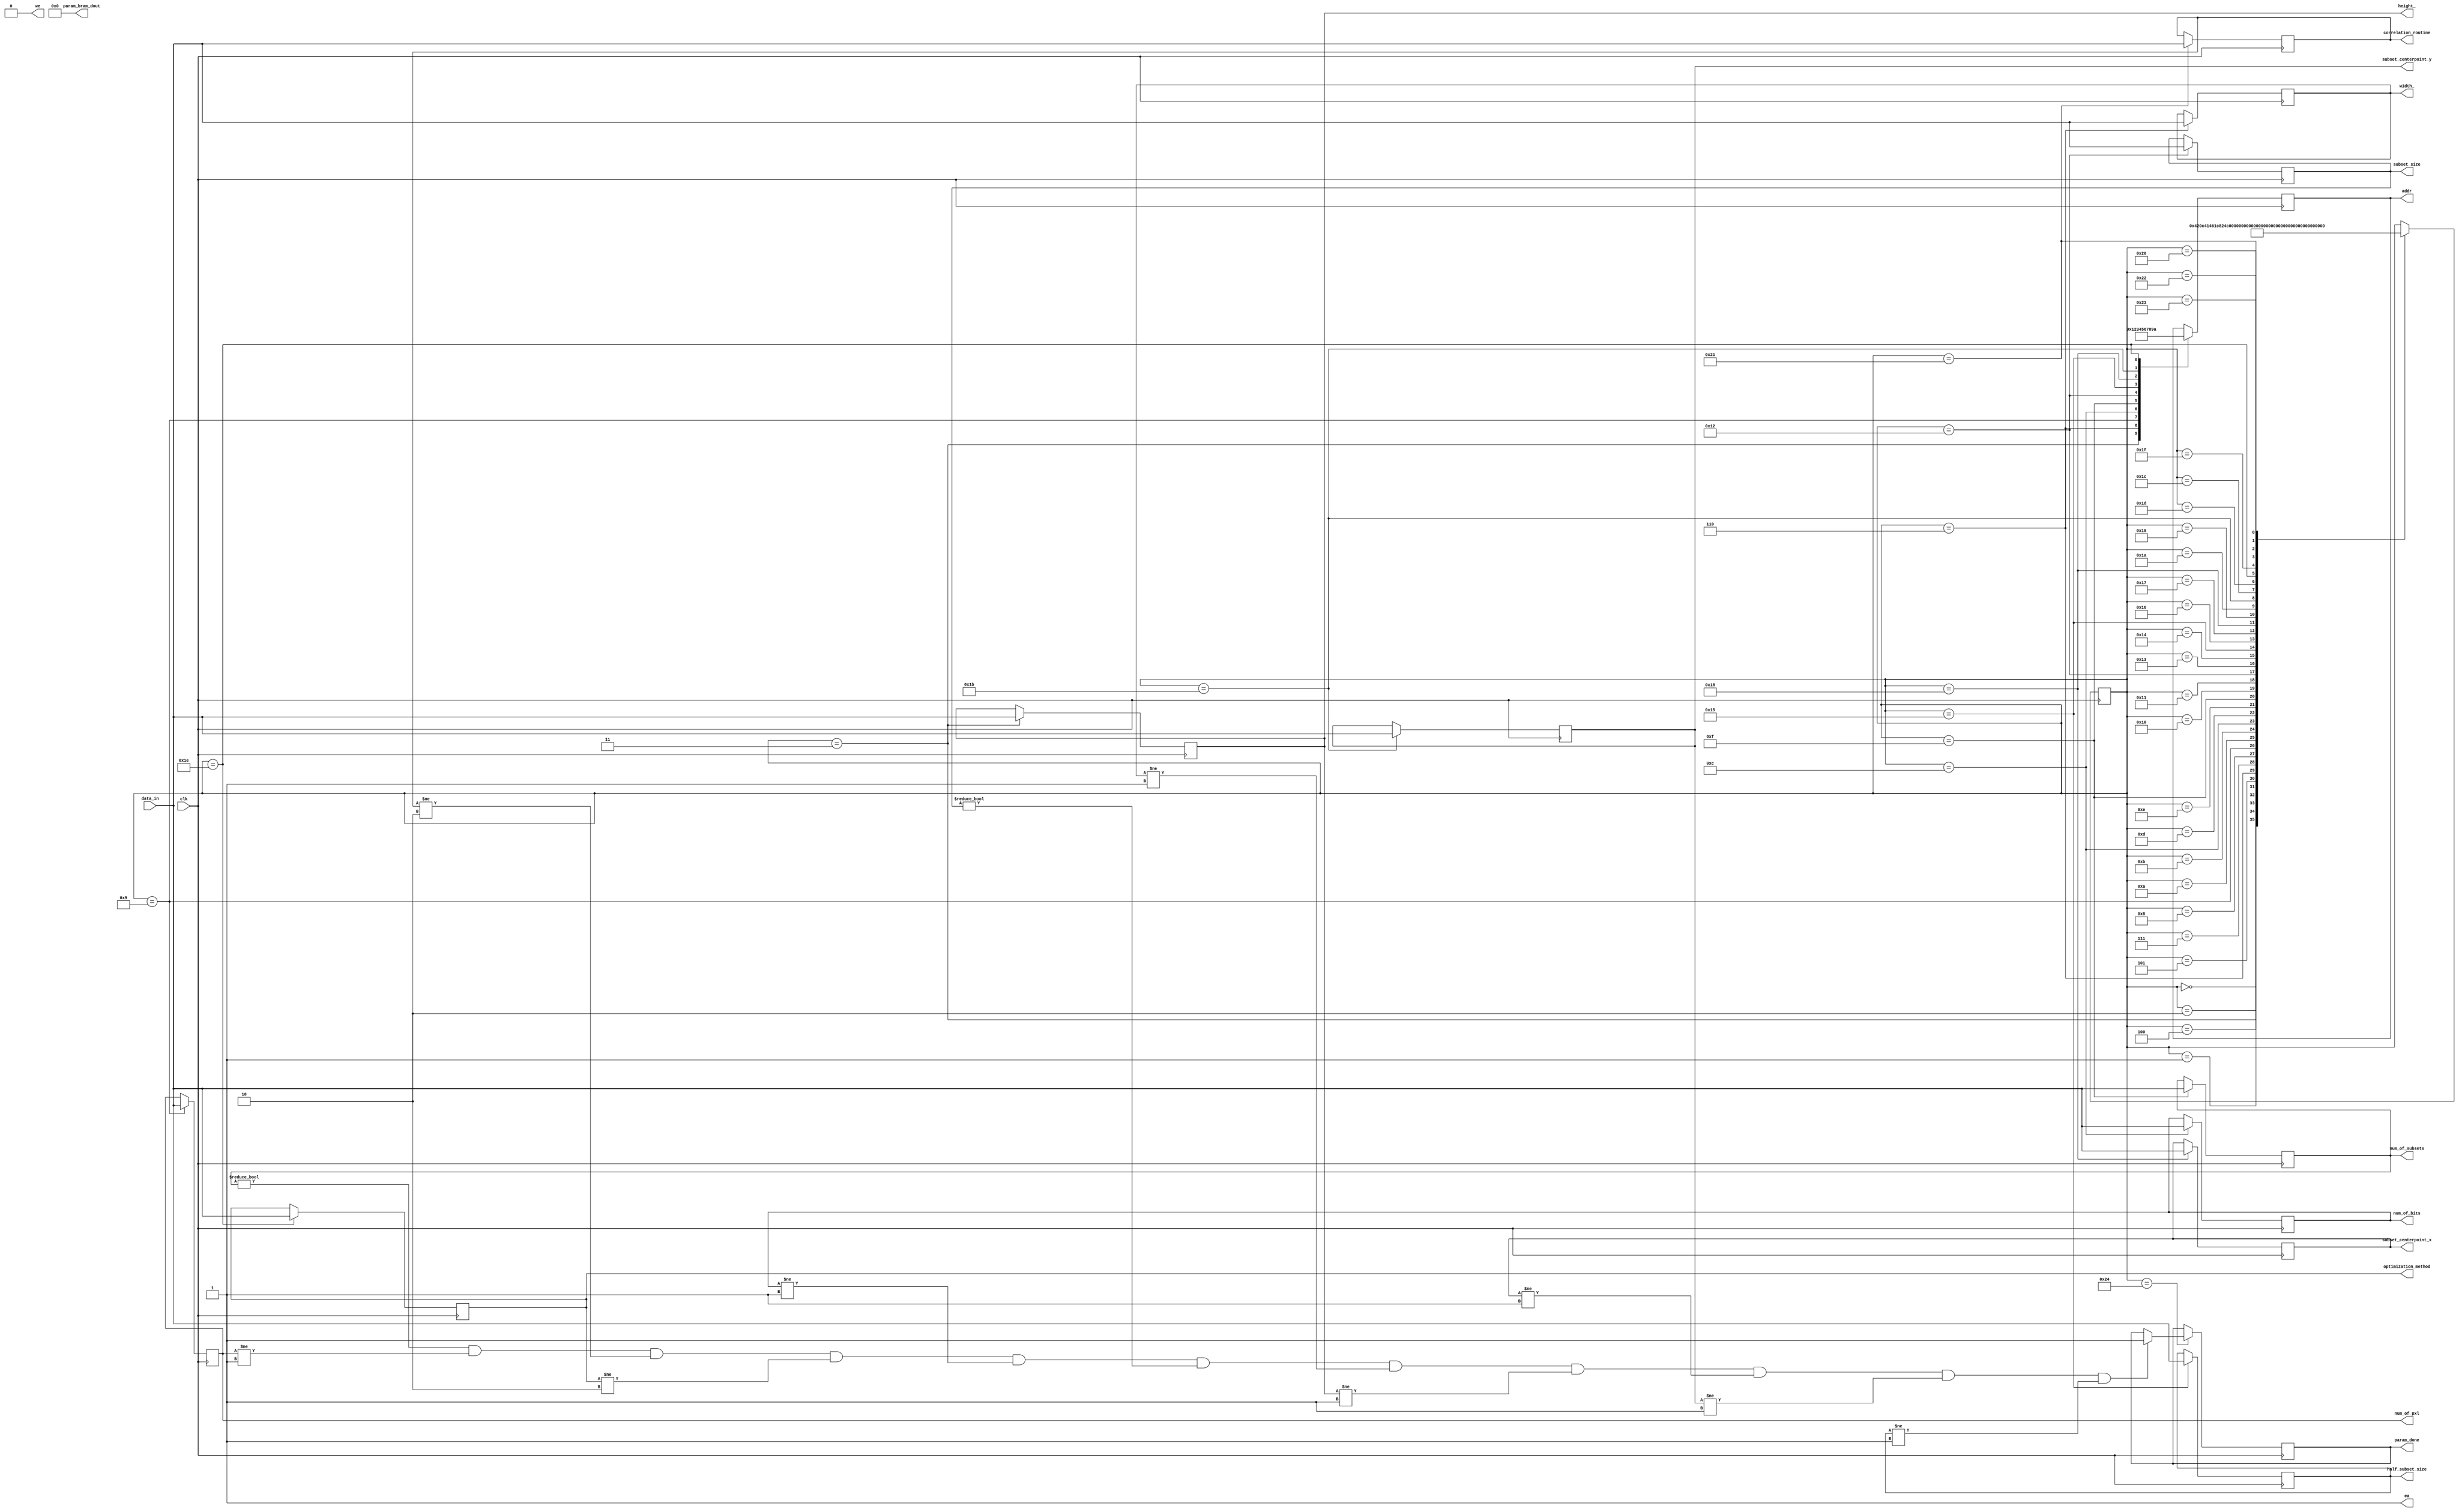
`timescale 1ns / 1ps
//////////////////////////////////////////////////////////////////////////////////
// Company: 
// Engineer: 
// 
// Design Name: 
// Module Name: params
// Project Name: 
// Target Devices: 
// Tool Versions: 
// Description: 
// 
// Dependencies: 
// 
// Revision:
// Revision 0.01 - File Created
// Additional Comments:
// 
//////////////////////////////////////////////////////////////////////////////////
module param(
		clk,
		data_in,
		we,
		ea,
		addr,
		num_of_bits,
		num_of_pxl,
		num_of_subsets,
		width_,
		height_,
		subset_size,
		half_subset_size,
		subset_centerpoint_x,
		subset_centerpoint_y,
		param_bram_dout,
		optimization_method,
		correlation_routine,
		param_done
    );
    input clk;
    input [31:0] data_in;
    output reg we = 1'b0;
    output reg ea = 1'b1;
    output reg [3:0] addr = 4'b0;
    output reg [31:0] num_of_bits = 32'b1;
    output reg [31:0] num_of_pxl = 32'b1;
    output reg [31:0] num_of_subsets = 32'b0;
    output reg [31:0] width_ = 32'b1;
    output reg [31:0] height_ = 32'b1;
    output reg [31:0] subset_size = 32'b0;
    output reg [31:0] half_subset_size = 32'b1;
    output reg [31:0] subset_centerpoint_x = 32'b1;
    output reg [31:0] subset_centerpoint_y = 32'b1;
    output reg [31:0] param_bram_dout = 32'b0;
    output reg [31:0] optimization_method = 32'b10;
    output reg [31:0] correlation_routine = 32'b10;
    output reg param_done = 1'b0;
    
    reg [5:0] state = 6'b000000;
    
    always @(posedge clk)
    begin
        case(state)
            6'b000000:
            begin             
                state = 6'b000001; 
            end
            6'b000001:
            begin
                state = 6'b000010; 
            end
            6'b000010:
            begin
                state = 6'b000011; 
            end
            6'b000011:
            begin
                height_ = data_in;
                addr = 4'b0001;
                state = 6'b000100; 
            end
            6'b000100:
            begin
                state = 6'b000101; 
            end
            6'b000101:
            begin
                state = 6'b000110; 
            end
            6'b000110:
            begin
                width_ = data_in;
                addr = 4'b0010;
                state = 6'b000111; 
            end
            6'b000111:
            begin
                state = 6'b001000; 
            end            
            6'b001000:
            begin
                state = 6'b001001; 
            end
            6'b001001:
            begin
                num_of_pxl = data_in;
                addr = 4'b0011;
                state = 6'b001010;
            end
            6'b001010:
            begin
                state = 6'b001011; 
            end
            6'b001011:
            begin
                state = 6'b001100;
            end
            6'b001100:
            begin
                num_of_bits = data_in;
                addr = 4'b0100;
                state = 6'b001101;
            end 
            6'b001101:
            begin
                state = 6'b001110; 
            end
            6'b001110:
            begin
                state = 6'b001111;
            end
            6'b001111:
            begin
                num_of_subsets = data_in;
                addr = 4'b0101;
                state = 6'b010000;
            end
            6'b010000:
            begin
                state = 6'b010001;
            end
            6'b010001:
            begin
                state = 6'b010010;
            end
            6'b010010:
            begin
                subset_size = data_in;
                addr = 4'b0110;
                state = 6'b010011;
            end
            6'b010011:
            begin
                state = 6'b010100;
            end
            6'b010100:
            begin
                state = 6'b010101;
            end
            6'b010101:
            begin
                half_subset_size = data_in;
                addr = 4'b0111;
                state = 6'b010110;
            end
            6'b010110:
            begin
                state = 6'b010111;
            end 
            6'b010111:
            begin
                state = 6'b011000;
            end    
            6'b011000:
            begin
                subset_centerpoint_x = data_in;
                addr = 4'b1000;
                state = 6'b011001;
            end  
            6'b011001:
            begin
                state = 6'b011010;
            end              
            6'b011010:
            begin
                state = 6'b011011;
            end                      
            6'b011011:
            begin
                subset_centerpoint_y = data_in;
                addr = 4'b1001;
                state = 6'b011100;
            end     
            6'b011100:
            begin
                state = 6'b011101;
            end              
            6'b011101:
            begin
                state = 6'b011110;
            end              
            6'b011110:
            begin
                optimization_method = data_in;
                addr = 4'b1010;
                state = 6'b011111;
            end                       
            6'b011111:
            begin
                state = 6'b100000;
            end   
            6'b100000:
            begin
                state = 6'b100001;
            end
            6'b100001:
            begin
                correlation_routine = data_in;
                state = 6'b100010;
            end  
            6'b100010:
            begin
                state = 6'b100011;
            end  
            6'b100011:
            begin
                state = 6'b100100;
            end                          
            6'b100100:
            begin
                if(num_of_subsets != 32'b0 && num_of_pxl != 32'b1 && correlation_routine != 32'b10 && optimization_method != 32'b10 && num_of_bits != 32'b1 && subset_size != 32'b0 && width_ != 32'b1 && height_ != 32'b1 && subset_centerpoint_x != 32'b1 && subset_centerpoint_y != 32'b1 && half_subset_size != 32'b1)
                begin
                    param_done = 1'b1;
                end
            end         
         endcase
    end
endmodule